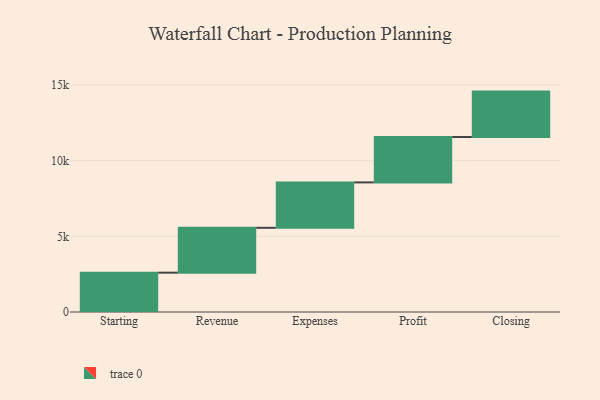
{"axis": {"x": "Step", "y": "Value"}, "legend": [""], "data": [{"x": "Starting", "y": 2599.0, "type": ""}, {"x": "Revenue", "y": 2965.0, "type": ""}, {"x": "Expenses", "y": 3000, "type": ""}, {"x": "Profit", "y": 3000, "type": ""}, {"x": "Closing", "y": 3000, "type": ""}]}